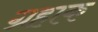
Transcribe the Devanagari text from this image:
ग्रहाक